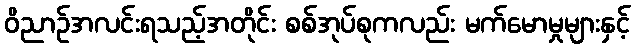
ဝိညာဉ်အလင်းရသည့်အတိုင်း စစ်အုပ်စုကလည်း မက်မောမှုများနှင့်